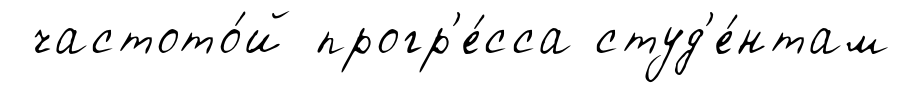
частото́й прогр'е́сса студ'е́нтам